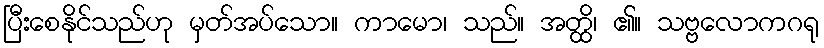
ပြီးစေနိုင်သည်ဟု မှတ်အပ်သော။ ကာမော၊ သည်။ အတ္ထိ၊ ၏။ သဗ္ဗလောကဂရု